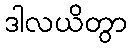
ဒါလယိတွာ